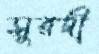
সুরদী